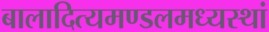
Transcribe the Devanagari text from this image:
बालादित्यमण्डलमध्यस्थां